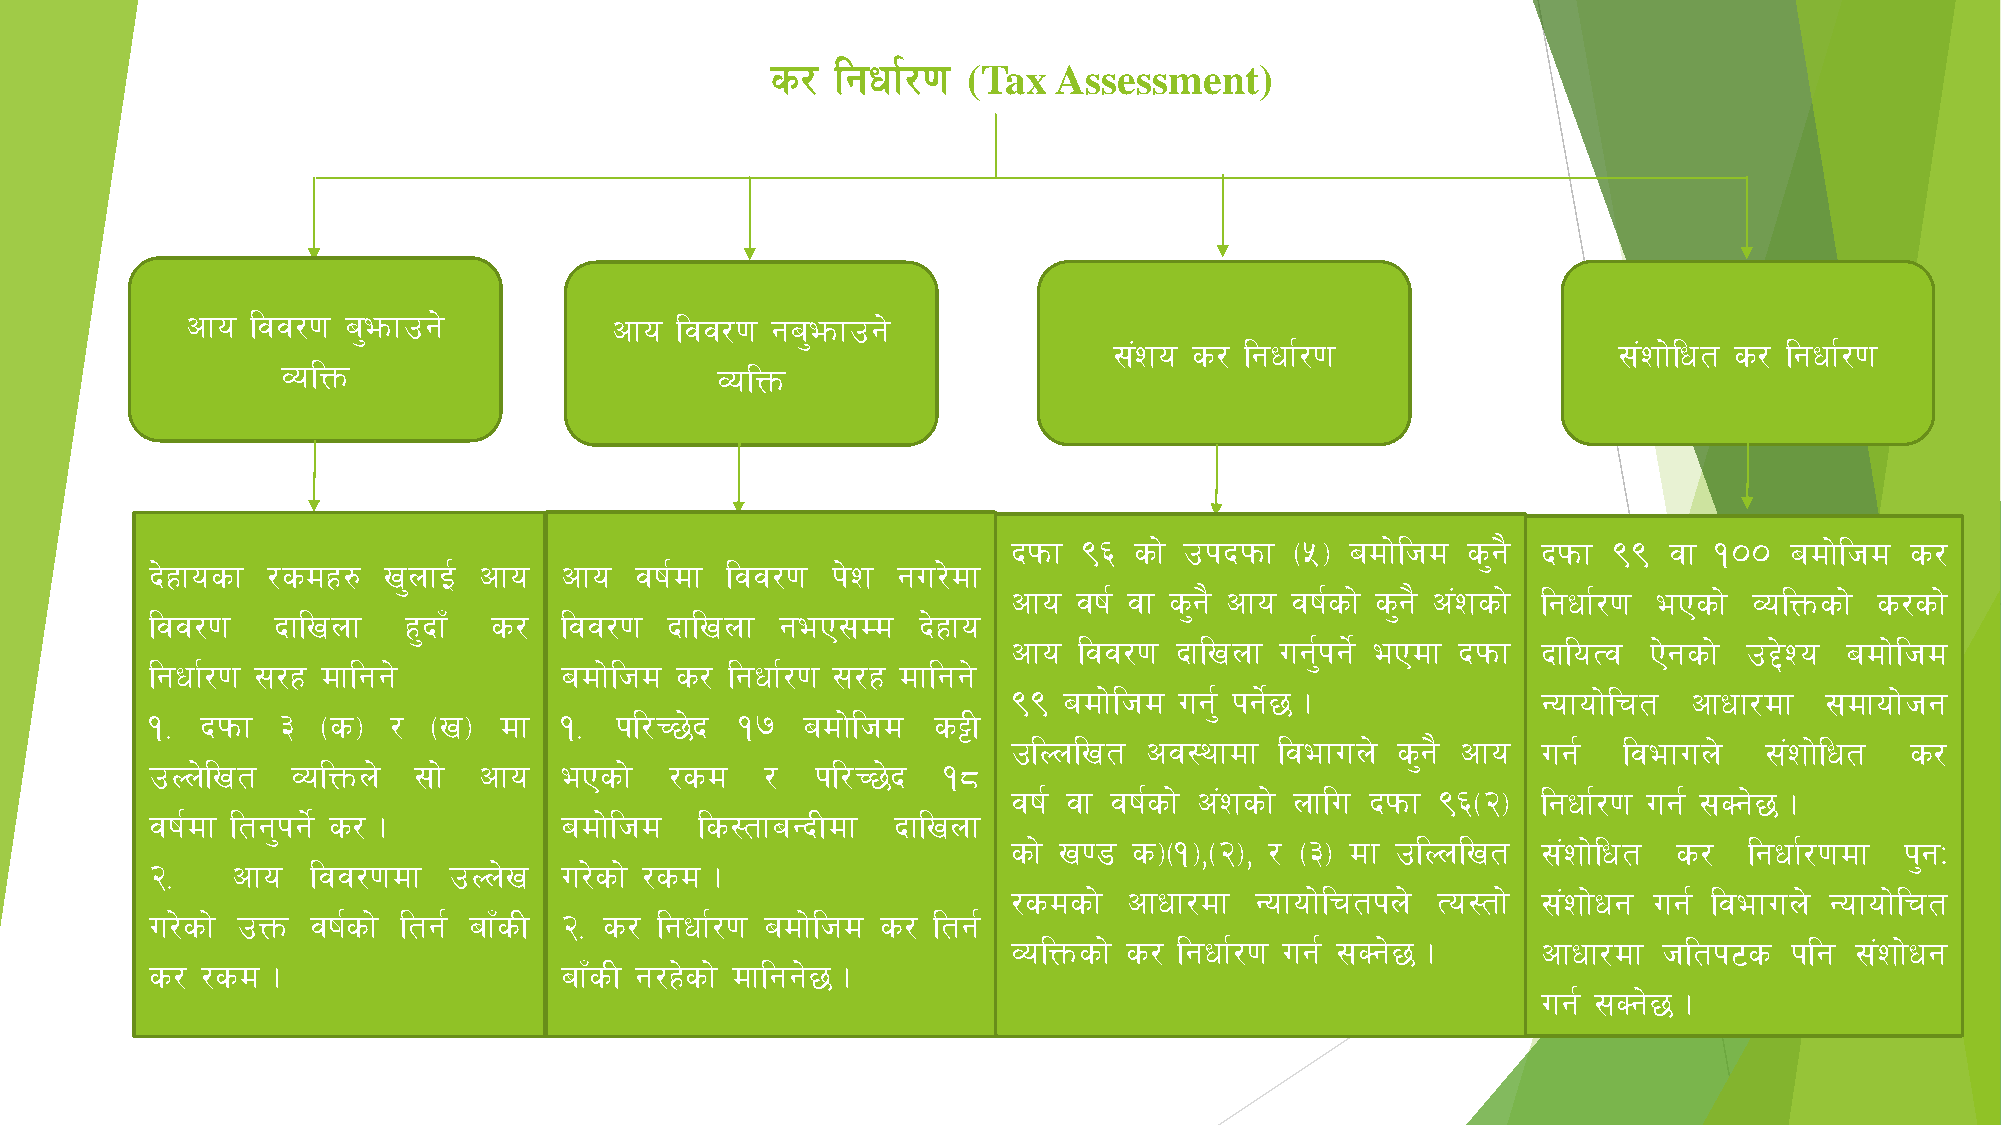
s/  lgwf{/0f
 (Tax  Assessment)
 cfo  ljj/0f a'emfpg]        cfo  ljj/0f ga'emfpg]
 ;+zo s/ lgwf{/0f                 ;+zf]lwt s/ lgwf{/0f
 JolQm                       JolQm
 bkmf (^ sf] pkbkmf -%_ adf]lhd s'g} bkmf (( jf !)) adf]lhd s/
 bx] fosf /sdx? v'nfO{ cfo  cfo  jif{df ljj/0f k]z gu/]df
 cfo jif{ jf s'g} cfo jif{sf] s'g} c+zsf] lgwf{/0f ePsf] JolQmsf] s/sf]
 ljj/0f  bflvnf   x'bfF s/  ljj/0f bflvnf  geP;Dd   bx] fo
 cfo ljj/0f bflvnf ug'{kg]{ ePdf bkmf bfloTj P]gsf] p2]Zo adf]lhd
 lgwf{/0f ;/x dflgg]        adf]lhd s/ lgwf{/0f ;/x dflgg]
 (( adf]lhd ug'{ kg5]{ .            Gofof]lrt cfwf/df  ;dfof]hg
 != bkmf #  -s_  / -v_  df  !=  kl/R5]b !&  adf]lhd  s§L
 plNnlvt  cj:yfdf  ljefun] s'g} cfo ug{  ljefun]   ;+zf]lwt s/
 pNn]lvt  JolQmn] ;f]  cfo  ePsf]  /sd    /  kl/R5]b !*
 jif{ jf jif{sf] c+zsf] nflu bkmf (^-@_ lgwf{/0f ug{ ;Sg]5 .
 jif{df ltg'kg]{ s/ .       adf]lhd  ls:tfaGbLdf  bflvnf
 sf] v08 s_-!_,-@_, / -#_ df plNnlvt ;+zf]lwt s/  lgwf{/0fdf k'gM
 @=   cfo   ljj/0fdf pNn]v  u/]sf] /sd .
 /sdsf]  cfwf/df Gofof]lrtkn] To:tf] ;+zf]wg ug{ ljefun] Gofof]lrt
 u/]sf] pQm jif{sf] ltg{ afFsL @= s/ lgwf{/0f adf]lhd s/ ltg{
 JolQmsf] s/ lgwf{/0f ug{ ;Sg]5 .   cfwf/df hltk6s   klg ;+zf]wg
 s/ /sd  .                  afFsL g/x]sf] dflgg]5 .
 ug{ ;Sg5] .